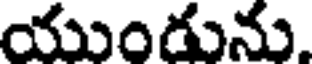
యుండును.